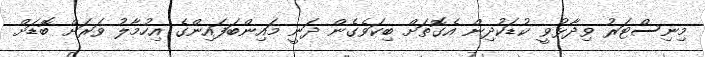
މިނިސްޓަރު ވިދާޅުވީ ކުޑަކުދިން އެގޮތަށް ބިކަވެގެން ދަނީ މައިންބަފައިންގެ އިހުމާލު ވަރަށް ބޮޑަށް